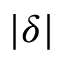
| \delta |